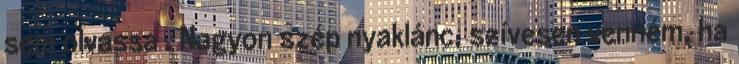
sem olvassa . Nagyon szép nyaklánc, szívesen venném, ha